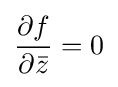
{\frac {\partial f}{\partial {\bar {z}}}}=0